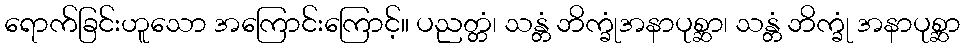
ရောက်ခြင်းဟူသော အကြောင်းကြောင့်။ ပညတ္တံ၊ သန္တံ ဘိက္ခုံအနာပုစ္ဆာ၊ သန္တံ ဘိက္ခုံ အနာပုစ္ဆာ